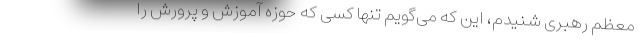
معظم رهبری شنیدم، این که می‌گویم تنها کسی که حوزه آموزش و پرورش را